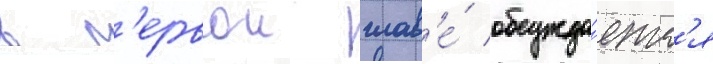
в п'ервои глав'е́ обсужда́етс'я